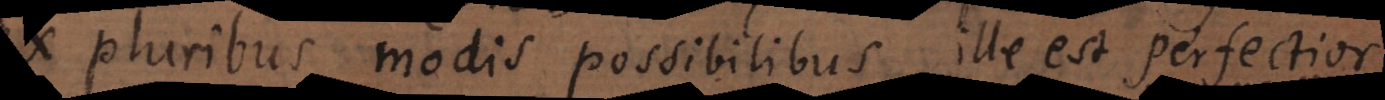
pluribus modis possibilibus ille est perfectio